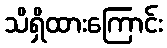
သိရှိထားကြောင်း